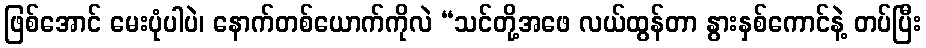
ဖြစ်အောင် မေးပုံပါပဲ၊ နောက်တစ်ယောက်ကိုလဲ “သင်တို့အဖေ လယ်ထွန်တာ နွားနှစ်ကောင်နဲ့ တပ်ပြီး